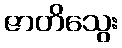
ဇာတိသွေး